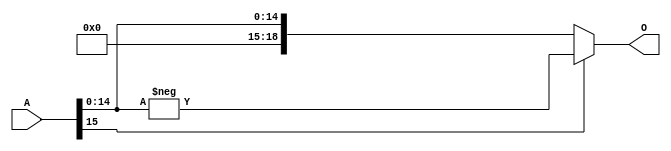
module Negative16bit#(parameter n=8)(input[15:0] A, output reg[15+$clog2(n):0] O);
	reg[15:0] B;
	always@(A) begin
		if(A[15] == 1'b1) begin
			B = {1'b0, A[14:0]};
			O = -B;
		end
		else
			O = A;
	end
endmodule